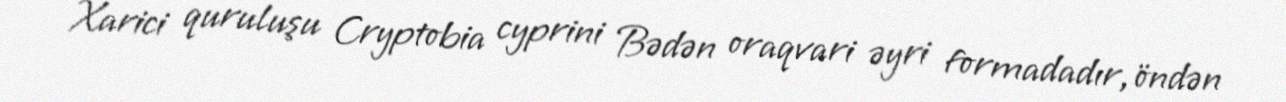
Xarici quruluşu Cryptobia cyprini Bədən oraqvari əyri formadadır, öndən